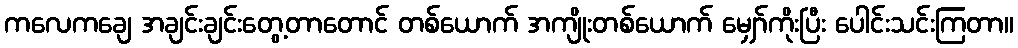
ကလေကချေ အချင်းချင်းတွေ့တာတောင် တစ်ယောက် အကျိုးတစ်ယောက် မျှော်ကိုးပြီး ပေါင်းသင်းကြတာ။